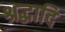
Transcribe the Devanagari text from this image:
श्रद्धादि